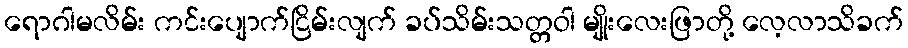
ရောဂါမလိမ်း ကင်းပျောက်ငြိမ်းလျက် ခပ်သိမ်းသတ္တဝါ မျိုးလေးဖြာတို့ လေ့လာသိခက်